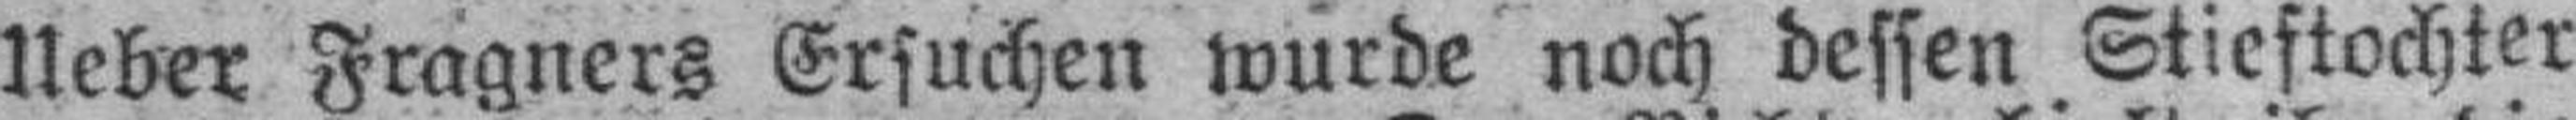
Ueber Fragners Ersuchen wurde noch dessen Stieftochter